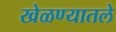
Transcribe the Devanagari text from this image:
खेळण्यातले